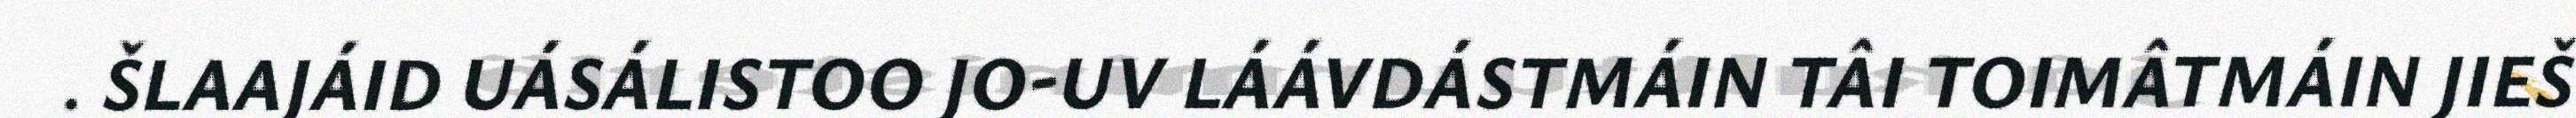
. ŠLAAJÁID UÁSÁLISTOO JO-UV LÁÁVDÁSTMÁIN TÂI TOIMÂTMÁIN JIEŠ